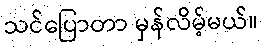
သင်ပြောတာ မှန်လိမ့်မယ်။